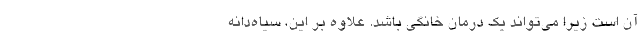
آن است زیرا می‌تواند یک درمان خانگی باشد. علاوه بر این، سیاه‌دانه